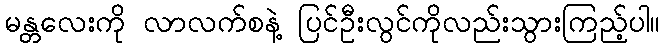
မန္တလေးကို လာလက်စနဲ့ ပြင်ဦးလွင်ကိုလည်းသွားကြည့်ပါ။